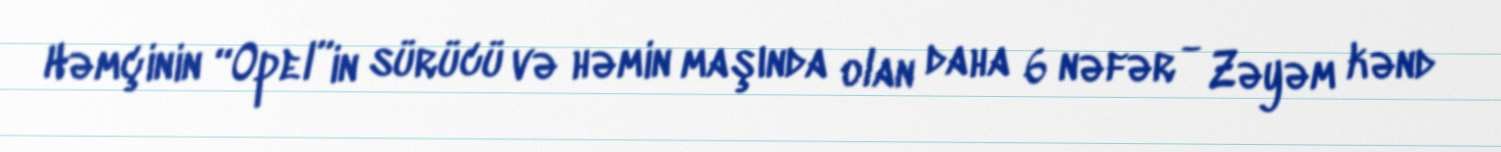
Həmçinin “Opel”in sürücü və həmin maşında olan daha 6 nəfər - Zəyəm kənd